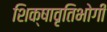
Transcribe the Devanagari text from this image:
शिक्षावृतिभोगी